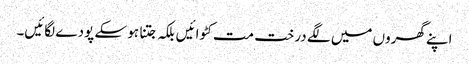
اپنے گھروں میں لگے درخت مت کٹوائیں بلکہ جتنا ہو سکے پودے لگائیں۔